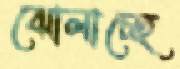
ঝোলাচ্ছে